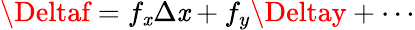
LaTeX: \Deltaf=f_{\mathit{x}}\Delta\mathit{x}+f_{y}\Deltay+\cdots